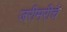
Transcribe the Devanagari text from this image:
जरीमरीचे